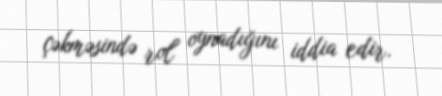
çəkməsində rol oynadığını iddia edir.